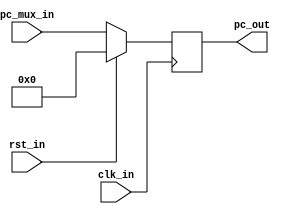
module msrv32_reg_block_1(input             clk_in,rst_in,
                          input      [31:0] pc_mux_in,
                          output reg [31:0] pc_out
                         );
								
   parameter BOOT_ADDRESS = 0;
   always@(posedge clk_in)
   begin
      if(rst_in)
         pc_out <= BOOT_ADDRESS;
      else
         pc_out <= pc_mux_in;
   end
endmodule